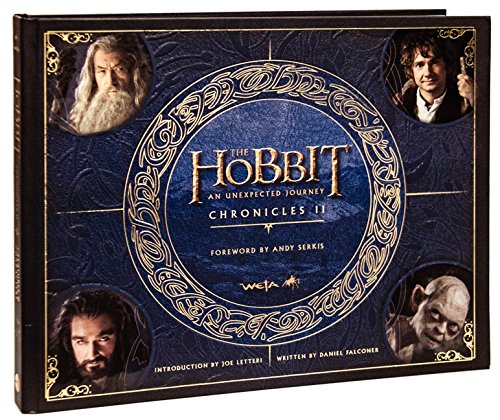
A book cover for The Hobbit: An Unexpected Journey Chronicles II - Creatures and Characters; Weta; Arts & Photography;